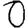
Digit: 0